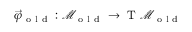
\vec { \varphi } _ { \mathrm { ~ o ~ l ~ d ~ } } : \mathcal { M } _ { \mathrm { ~ o ~ l ~ d ~ } } \to \mathrm { ~ T ~ } \mathcal { M } _ { \mathrm { ~ o ~ l ~ d ~ } }